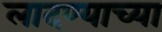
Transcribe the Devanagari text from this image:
लादण्याच्या